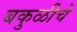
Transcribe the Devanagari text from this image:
बकुळीचे